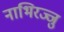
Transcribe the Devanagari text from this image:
नाभिरज्जु